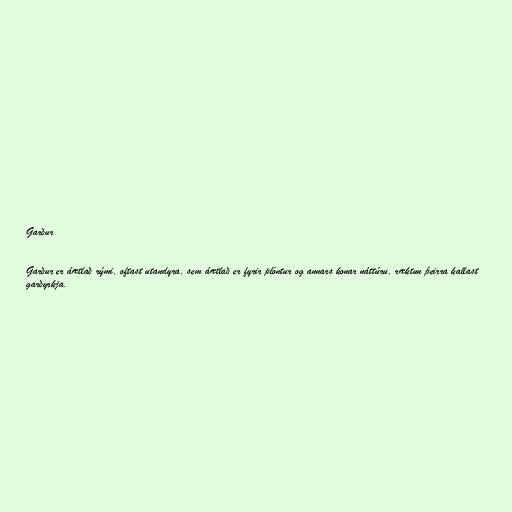
Garður

Garður er áætlað rými, oftast utandyra, sem áætlað er fyrir plöntur og annars konar náttúru, ræktun þeirra kallast
garðyrkja.